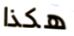
هكذا